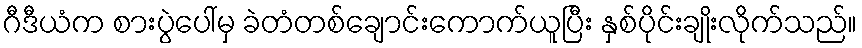
ဂီဒီယံက စားပွဲပေါ်မှ ခဲတံတစ်ချောင်းကောက်ယူပြီး နှစ်ပိုင်းချိုးလိုက်သည်။